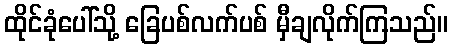
ထိုင်ခုံပေါ်သို့ ခြေပစ်လက်ပစ် မှီချလိုက်ကြသည်။